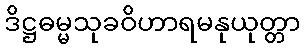
ဒိဋ္ဌဓမ္မသုခဝိဟာရမနုယုတ္တာ